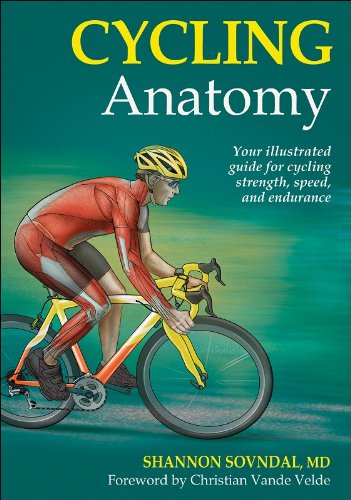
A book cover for Cycling Anatomy (Sports Anatomy); Shannon Sovndal; Sports & Outdoors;